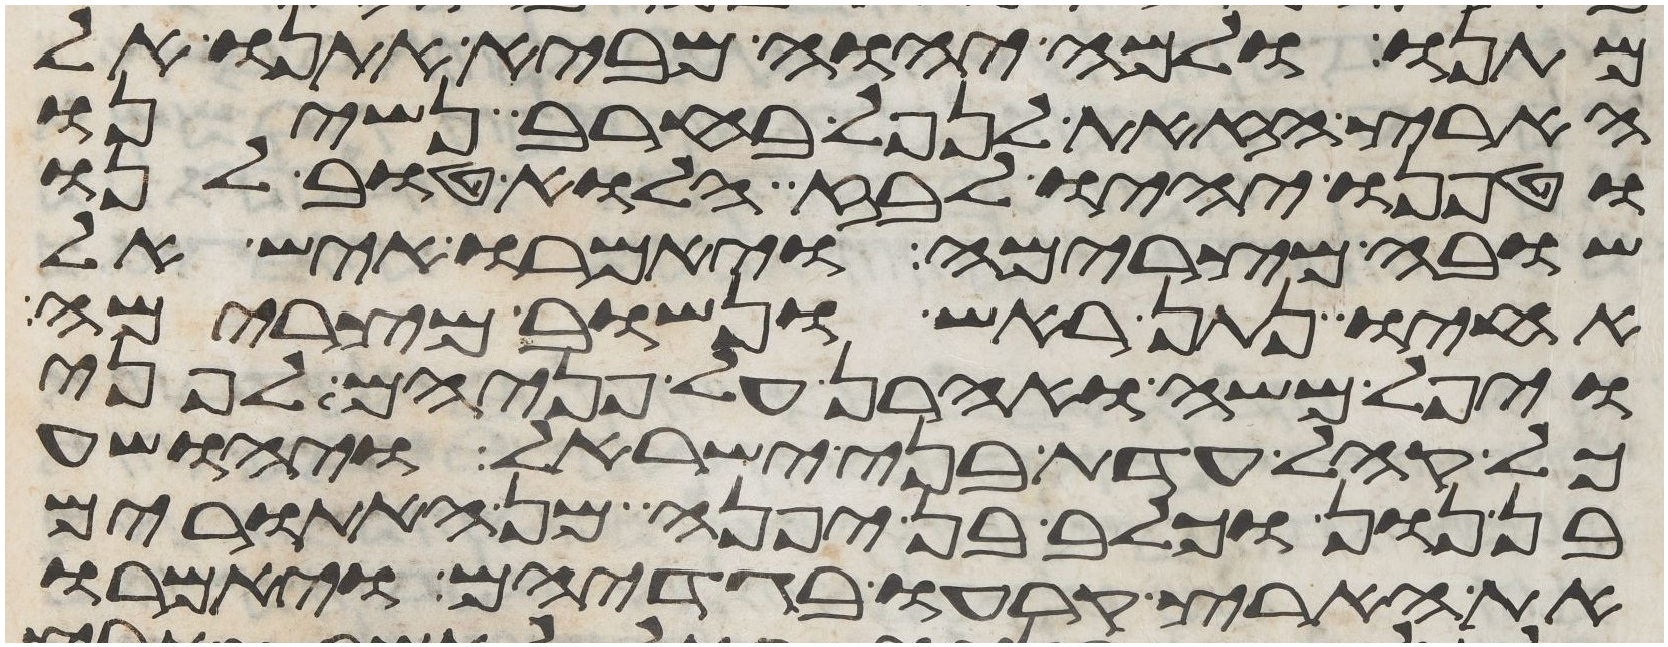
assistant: מתנו ולמה יהוה מביא אתנו אל
הארץ הזאת לנפל בחרב נשינו
וטפנו יהיו לבוז הלוא טוב לנו
שובה מצרימה ויאמרו איש אל
אחיו נתן ראש ונשוב מצרימה
ויפל משה ואהרן על פניהם לפני
כל קהל עדת בני ישראל ויהושע
נון וכלב בן יפנה מן האתורים
את הארץ קרעו בגדיהם ויאמרו